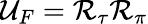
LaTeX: \mathcal{U}_{F}=\mathcal{R}_{\tau}\mathcal{R}_{\pi}